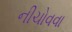
નીચોવવા